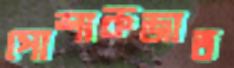
পোশাকজাত